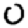
Digit: 0